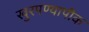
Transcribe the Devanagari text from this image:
खुरपण्यापीक